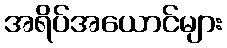
အရိပ်အယောင်များ